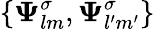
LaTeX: \{ \boldsymbol{\Psi}_{lm}^{\sigma},\boldsymbol{\Psi}_{l^{\prime}m^{\prime}}^{\sigma}\}